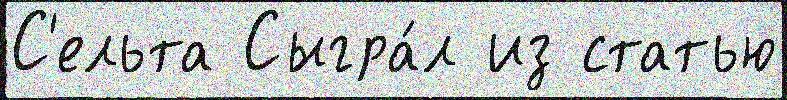
С'ельта Сыгра́л из статью